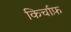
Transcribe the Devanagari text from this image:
किर्चाफ़